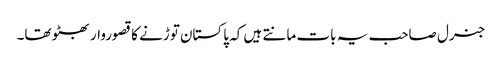
جنرل صاحب یہ بات مانتے ہیں کہ پاکستان توڑنے کا قصوروار بھٹو تھا۔